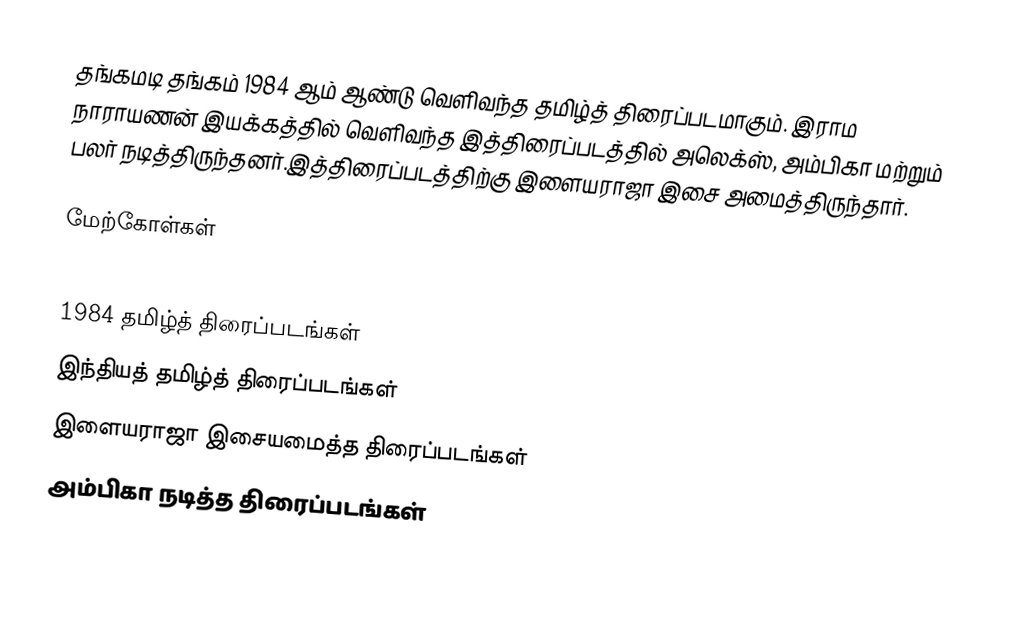
தங்கமடி தங்கம் 1984 ஆம் ஆண்டு வெளிவந்த தமிழ்த் திரைப்படமாகும். இராம நாராயணன் இயக்கத்தில் வெளிவந்த இத்திரைப்படத்தில் அலெக்ஸ், அம்பிகா மற்றும் பலர் நடித்திருந்தனர்.இத்திரைப்படத்திற்கு இளையராஜா இசை அமைத்திருந்தார்.

மேற்கோள்கள்

1984 தமிழ்த் திரைப்படங்கள்
இந்தியத் தமிழ்த் திரைப்படங்கள்
இளையராஜா இசையமைத்த திரைப்படங்கள்
அம்பிகா நடித்த திரைப்படங்கள்